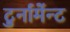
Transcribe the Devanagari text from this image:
टुर्नामेंन्ट